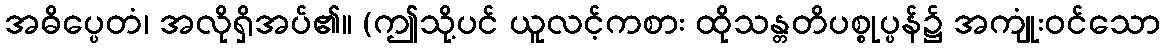
အဓိပ္ပေတံ၊ အလိုရှိအပ်၏။ (ဤသို့ပင် ယူလင့်ကစား ထိုသန္တတိပစ္စုပ္ပန်၌ အကျုံးဝင်သော